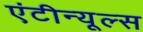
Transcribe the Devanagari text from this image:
एंटीन्यूल्स